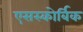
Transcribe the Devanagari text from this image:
एसस्कोर्बिक